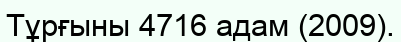
Тұрғыны 4716 адам (2009).